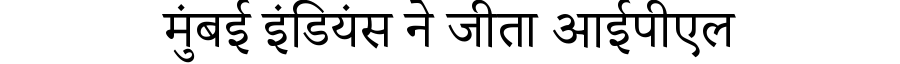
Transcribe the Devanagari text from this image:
मुंबई इंडियंस ने जीता आईपीएल